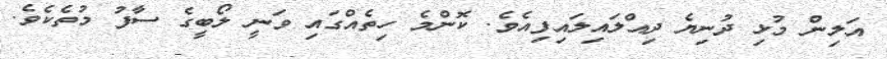
އަލިން މުޅި ދުނިޔެ ދިއްލައިލައިފިއެވެ. ކޮންމެ ހިތެއްގައި ވަނީ ލޯބީގެ ސާފު މުތެކެވެ.